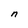
Character: n